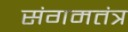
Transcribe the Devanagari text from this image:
संगमतंत्र